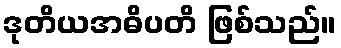
ဒုတိယအဓိပတိ ဖြစ်သည်။